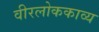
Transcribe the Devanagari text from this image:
वीरलोककाव्य